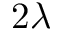
2 \lambda